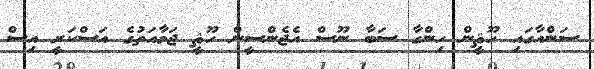
ސަންއާގައި ހޫޘީން ހިންގާ ސަބާ ނޫސް އެޖެންސީން ހޫޘީ ޖަމާއަތުގެ އަސްކަރީ އިސް